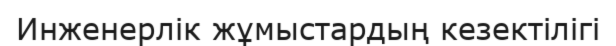
Инженерлік жұмыстардың кезектілігі